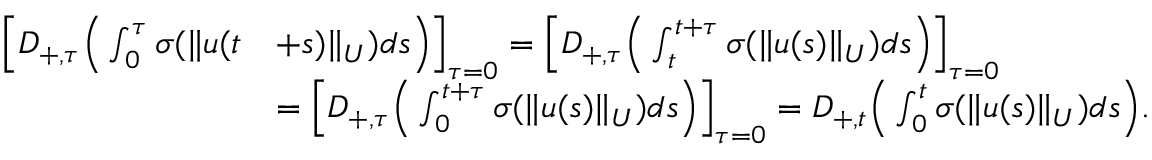
\begin{array} { r l } { \Big [ D _ { + , \tau } \Big ( \int _ { 0 } ^ { \tau } \sigma ( \| u ( t } & { + s ) \| _ { U } ) d s \Big ) \Big ] _ { \tau = 0 } = \Big [ D _ { + , \tau } \Big ( \int _ { t } ^ { t + \tau } \sigma ( \| u ( s ) \| _ { U } ) d s \Big ) \Big ] _ { \tau = 0 } } \\ & { = \Big [ D _ { + , \tau } \Big ( \int _ { 0 } ^ { t + \tau } \sigma ( \| u ( s ) \| _ { U } ) d s \Big ) \Big ] _ { \tau = 0 } = D _ { + , t } \Big ( \int _ { 0 } ^ { t } \sigma ( \| u ( s ) \| _ { U } ) d s \Big ) . } \end{array}